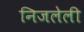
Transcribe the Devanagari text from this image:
निजलेली